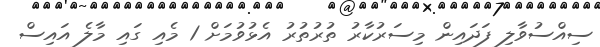
ސިއްސުވާލި ފަދައިން މިސަރުކާރު ތުރުތުރު އެޅުވުމަށް 1 މެއި ގައި މާލެ އައިސް